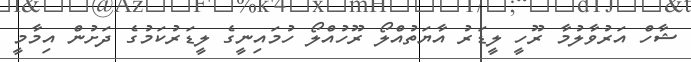
ޝާހް އަރުވާލުމާ ރޫހީ ލީޑަރު އާޔަތުއްލޯ ރޫހުއްލޯ ހުމައިނީގެ ލީޑަރުކަމުގެ ދަށުން އިމާމީ